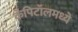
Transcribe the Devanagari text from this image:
कॅपिटॉलमध्ये